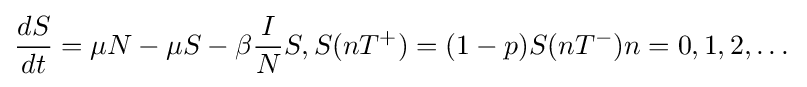
{\frac {dS}{dt}}=\mu N-\mu S-\beta {\frac {I}{N}}S,S(nT^{+})=(1-p)S(nT^{-})n=0,1,2,\dots